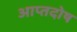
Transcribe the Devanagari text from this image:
आप्तदोष